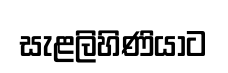
සැළලිහිණියාට